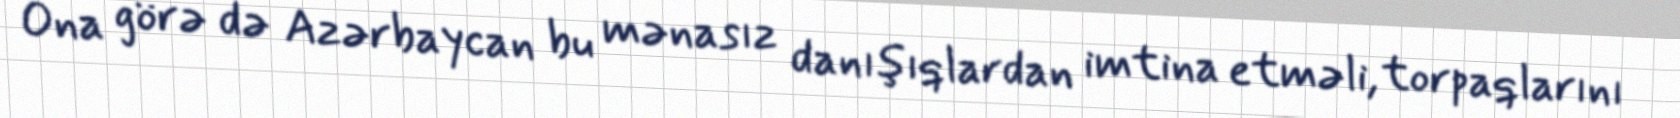
Ona görə də Azərbaycan bu mənasız danışıqlardan imtina etməli, torpaqlarını